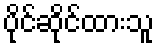
ပိုင်ဆိုင်ထားသူ